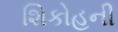
શિકોહની